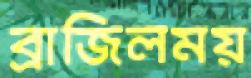
ব্রাজিলময়